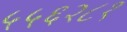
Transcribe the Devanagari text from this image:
५५६२८१